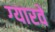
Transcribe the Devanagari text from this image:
ग्‍यारवें